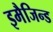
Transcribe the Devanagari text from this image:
इमैजिन्ड